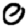
Digit: 0